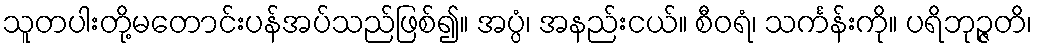
သူတပါးတို့မတောင်းပန်အပ်သည်ဖြစ်၍။ အပ္ပံ၊ အနည်းငယ်။ စီဝရံ၊ သင်္ကန်းကို။ ပရိဘုဉ္ဇတိ၊